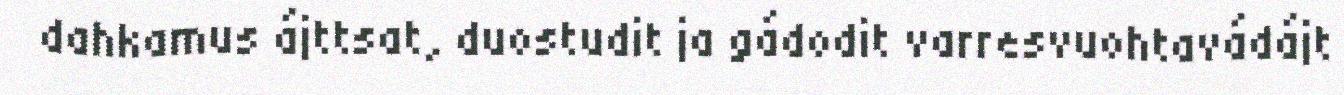
dahkamus ájttsat, duostudit ja gádodit varresvuohtavádájt